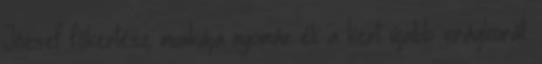
József főkertész munkája nyomán éli a kert újabb virágkorát.